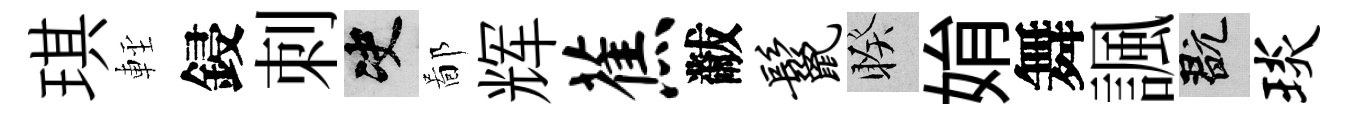
琪䡖鋟刺决鄙辉蕉黻鬣睽姢舞諷玩琰